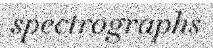
spectrographs